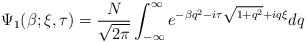
\begin{align*}\Psi_{1}(\beta; \xi, \tau) = \frac{N}{\sqrt{2\pi}} \int_{-\infty}^{\infty} e^{-\beta q^{2} - i \tau \sqrt{1+ q^{2}} + i q \xi} dq\end{align*}